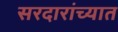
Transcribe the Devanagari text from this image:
सरदारांच्यात